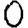
Digit: 0